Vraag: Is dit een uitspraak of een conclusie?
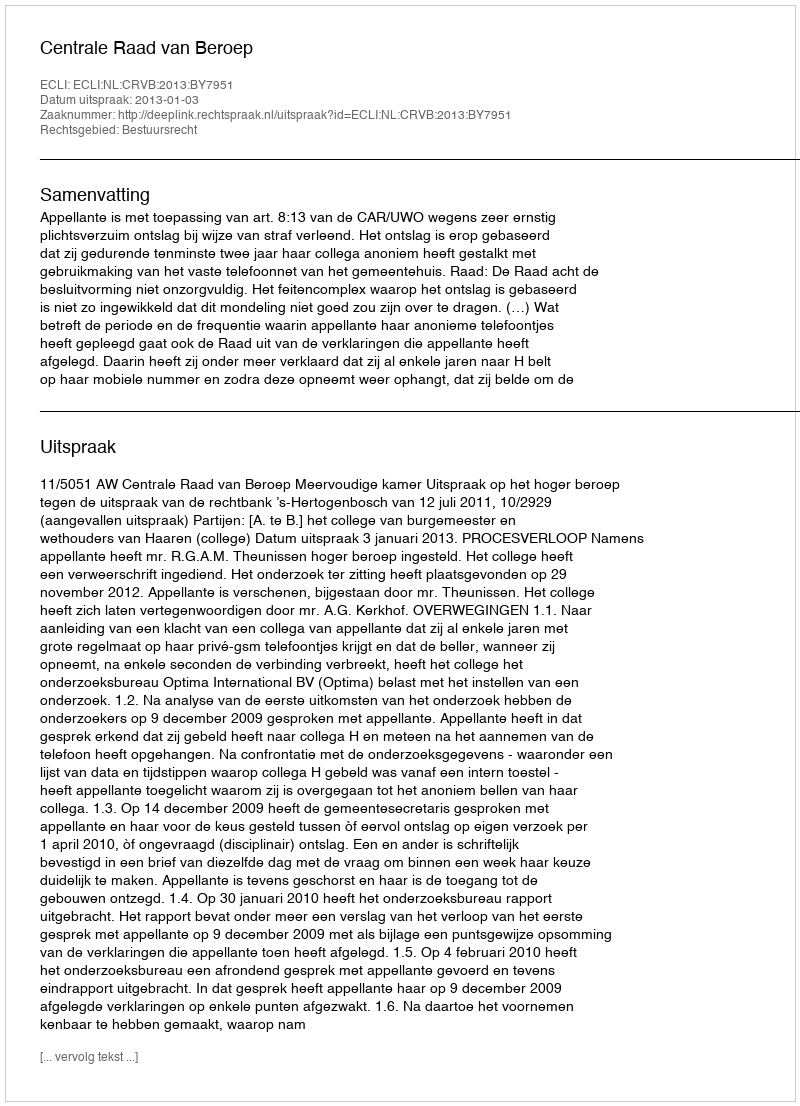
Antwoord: Uitspraak